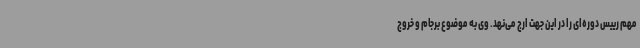
مهم رییس دوره‌ای را در این جهت ارج می‌نهد. وی به موضوع برجام و خروج